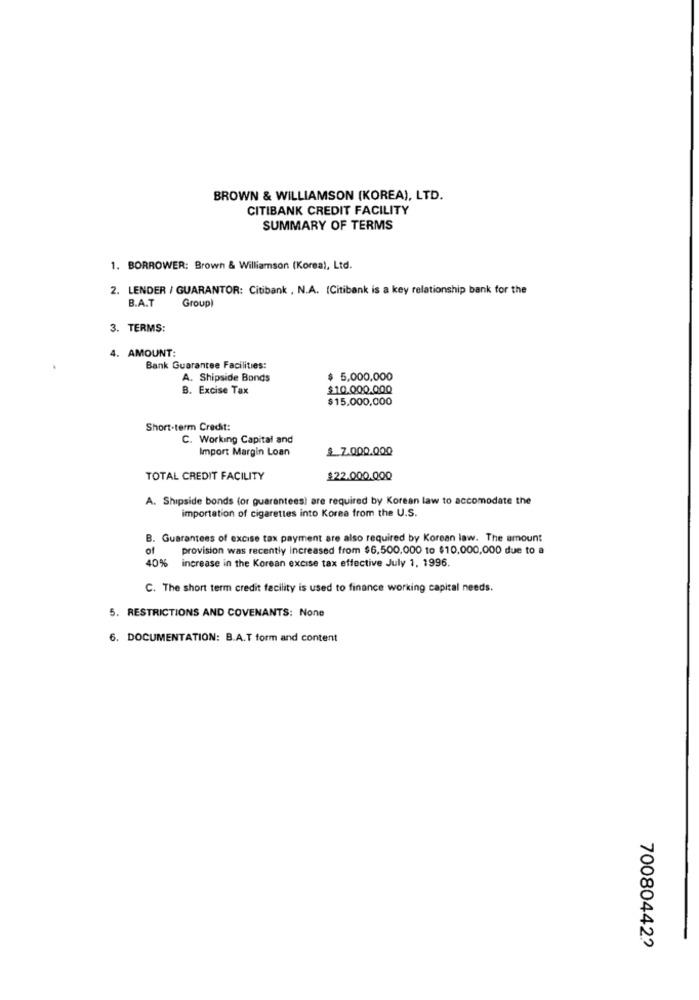
BROWN & WILLIAMSON (KOREA), LTD.
CITIBANK CREDIT FACILITY
SUMMARY OF TERMS
1. BORROWER: Brown & Williamson (Korea), Ltd.
2. LENDER / GUARANTOR: Citibank , N.A. (Citibank is a key relationship bank for the
B.A.T
Group)
3. TERMS:
4. AMOUNT:
Bank Guarantee Facilities:
A. Shipside Bonds
$ 5,000,000
B. Excise Tax
$10.000.000
$15.000,000
Short-term Credit:
C. Working Capital and
Import Margin Loan
$ 7.000.000
TOTAL CREDIT FACILITY
$22.000.000
A. Shipside bonds (or guarantees) are required by Korean law to accomodate the
importation of cigarettes into Korea from the U.S.
B. Guarantees of excise tax payment are also required by Korean law. The amount
of
provision was recently increased from $6,500,000 to $10,000,000 due to a
40% increase in the Korean excise tax effective July 1, 1996.
C. The short term credit facility is used to finance working capital needs.
5. RESTRICTIONS AND COVENANTS: None
6. DOCUMENTATION: B.A.T form and content
700804422